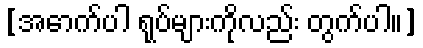
[အောက်ပါ ရုပ်များကိုလည်း တွက်ပါ။]